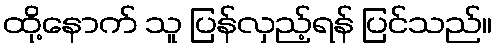
ထို့နောက် သူ ပြန်လှည့်ရန် ပြင်သည်။